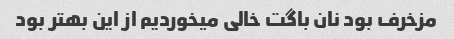
مزخرف بود نان باگت خالی میخوردیم از این بهتر بود